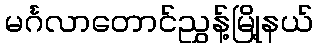
မင်္ဂလာတောင်ညွှန့်မြို့နယ်